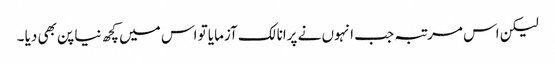
لیکن اس مرتبہ جب انہوں نے پرانا لک آزمایا تو اس میں کچھ نیا پن بھی دیا ۔